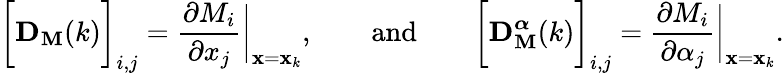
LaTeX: \bigg[\mathbf{D}_{\mathbf{M}}(k)\bigg]_{i,j}=\frac{\partial M_{i}}{\partial x_{j}}\bigg|_{\mathbf{x}=\mathbf{x}_{k}},\qquad\mathrm{and}\qquad\bigg[\mathbf{D}_{\mathbf{M}}^{\boldsymbol{\alpha}}(k)\bigg]_{i,j}=\frac{\partial M_{i}}{\partial\alpha_{j}}\bigg|_{\mathbf{x}=\mathbf{x}_{k}}.